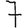
Digit: 7